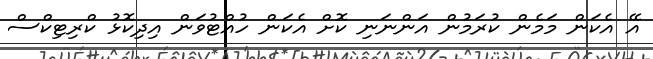
އޭ އެކަން މަމެން ކުރަމުން އަންނަނި ކޮށް އެކަން ހުއްޓުވަން އިދިކޮޅު ކްރިޓިކްސް